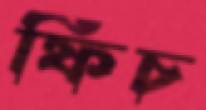
ফিচ